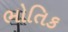
ભોતિક